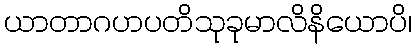
ယာတာဂဟပတိသုခုမာလိနိယောပိ၊